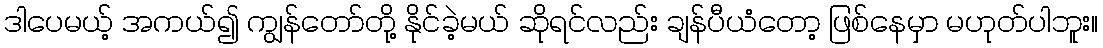
ဒါပေမယ့် အကယ်၍ ကျွန်တော်တို့ နိုင်ခဲ့မယ် ဆိုရင်လည်း ချန်ပီယံတော့ ဖြစ်နေမှာ မဟုတ်ပါဘူး။